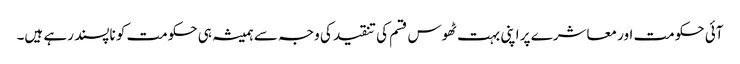
آئی حکومت اور معاشرے پر اپنی بہت ٹھوس قسم کی تنقید کی وجہ سے ہمیشہ ہی حکومت کو ناپسند رہے ہیں۔